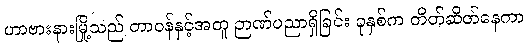
ဟာဗားနားမြို့သည် တာဝန်နှင့်အတူ ဉာဏ်ပညာရှိခြင်း ခုနှစ်က တိတ်ဆိတ်နေကာ